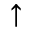
\uparrow